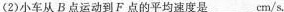
(2)小车从B点运动到F点的平均速度是___cm/s.